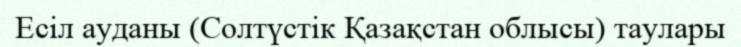
Есіл ауданы (Солтүстік Қазақстан облысы) таулары